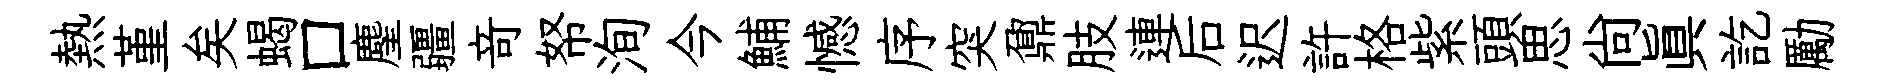
熱堇矣蝎口麈疆竒帑洵今鯆憾序突鼐肢連后迟許格紫頭思尙真訖勵